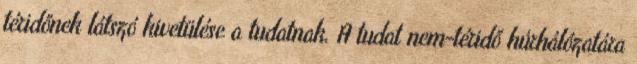
téridőnek látszó kivetülése a tudatnak. A tudat nem-téridő húrhálózatára